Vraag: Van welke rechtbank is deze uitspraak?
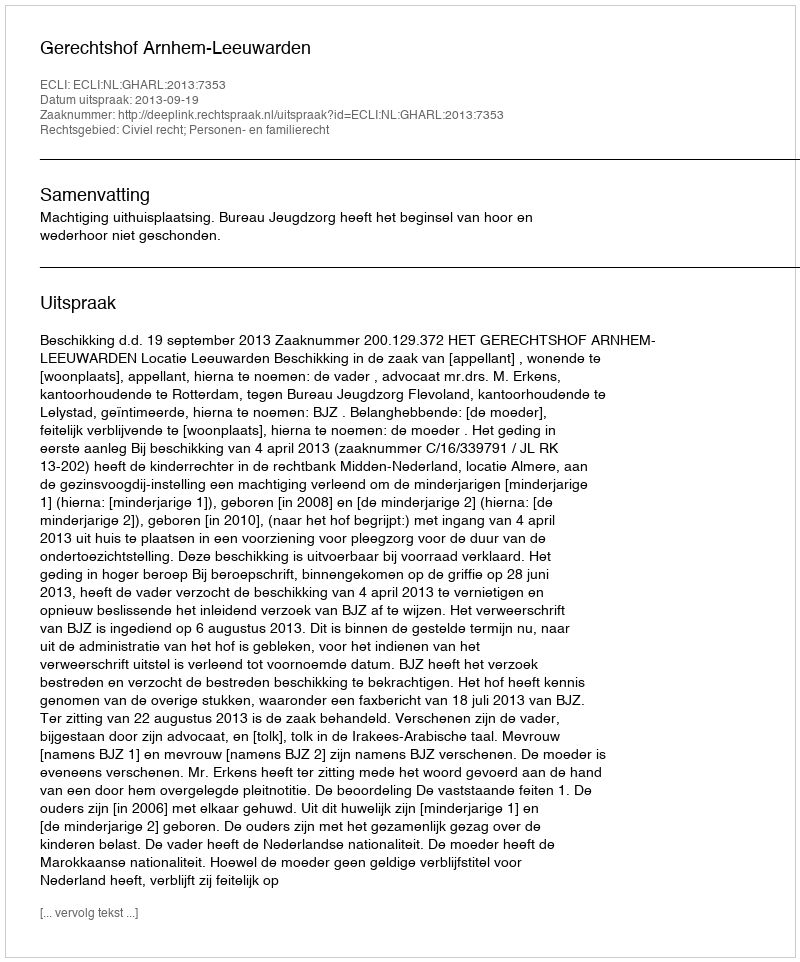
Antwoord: Gerechtshof Arnhem-Leeuwarden